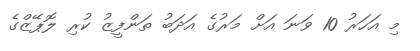
މި އަހަރު 10 ވަނަ އަށް މަރުގެ އަދަބު ތަންފީޒު ކުރި ލޮޕޭޒްގެ